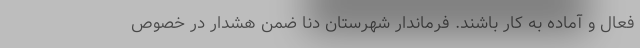
فعال و آماده به کار باشند. فرماندار شهرستان دنا ضمن هشدار در خصوص